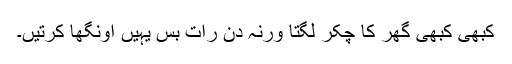
کبھی کبھی گھر کا چکر لگتا ورنہ دن رات بس یہیں اونگھا کرتیں۔